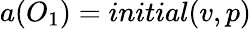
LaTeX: a(O_{1})=initial(v,p)